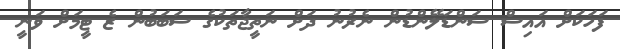
ފަހަކަށް އައިސް ސަންޑަލޭންޑުން ނެރުނު ދަށް ނަތީޖާތަކުގެ ސަބަބުން ޒެ ޓީމަށް ވަނީ